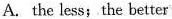
A. the less;the better